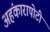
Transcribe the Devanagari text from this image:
अहंकारापोटी